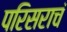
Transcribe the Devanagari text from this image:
परिसराचं